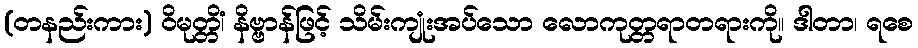
(တနည်းကား) ဝိမုတ္တိံ၊ နိဗ္ဗာန်ဖြင့် သိမ်းကျုံးအပ်သော လောကုတ္တရာတရားကို။ ဒါတာ၊ ရစေ